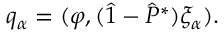
q _ { \alpha } = ( \varphi , ( \hat { 1 } - \hat { P } ^ { * } ) \xi _ { \alpha } ) .